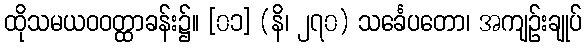
ထိုသမယဝဝတ္ထာခန်း၌။ [၀၁] (နိ၊ ၂၇၀) သင်္ခေပတော၊ အကျဉ်းချုပ်